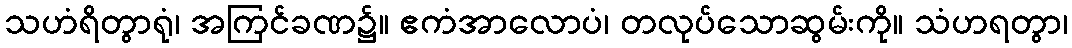
သဟံရိတွာရုံ၊ အကြင်ခဏ၌။ ဧကံအာလောပံ၊ တလုပ်သောဆွမ်းကို။ သံဟရတွာ၊